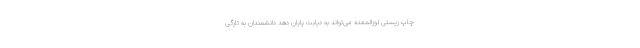
چاپ زیستی لوزالمعده می‌تواند به دیابت پایان دهد دانشمندان به تازگی